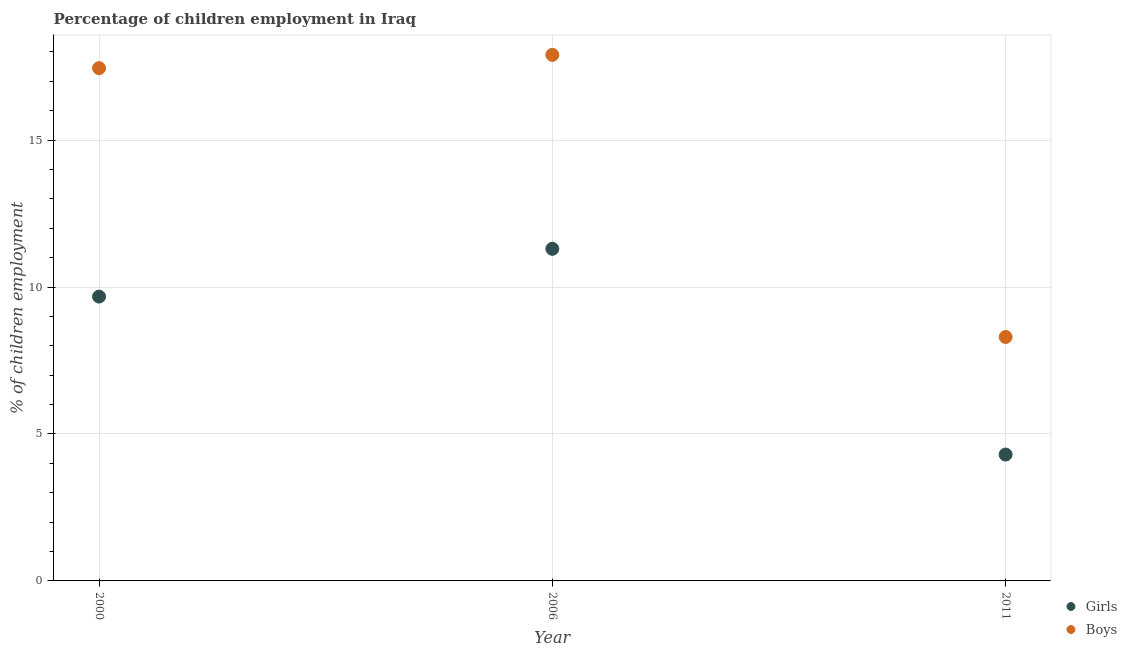
| Year | Girls | Boys |
 | --- | --- | --- |
 | 2000 | 9.67 | 17.4 |
 | 2006 | 11.3 | 17.9 |
 | 2011 | 4.3 | 8.3 |